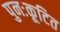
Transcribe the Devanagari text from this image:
पुनःकूटित